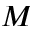
M